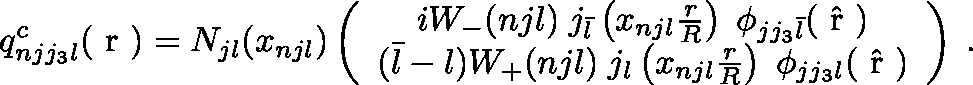
q _ { n j j _ { 3 } l } ^ { c } ( \mathrm { \boldmath ~ r ~ } ) = N _ { j l } ( x _ { n j l } ) \left( \begin{array} { c } { { i W _ { - } ( n j l ) \; j _ { \bar { l } } \left( x _ { n j l } \frac { r } { R } \right) \; \phi _ { j j _ { 3 } \bar { l } } ( \hat { \mathrm { \boldmath ~ r ~ } } ) } } \\ { { ( \bar { l } - l ) W _ { + } ( n j l ) \; j _ { l } \left( x _ { n j l } \frac { r } { R } \right) \; \phi _ { j j _ { 3 } l } ( \hat { \mathrm { \boldmath ~ r ~ } } ) } } \end{array} \right) \; .